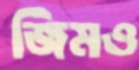
জিমও